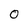
Character: 0